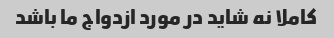
کاملا نه شاید در مورد ازدواج ما باشد